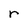
Character: r